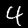
Label: 4